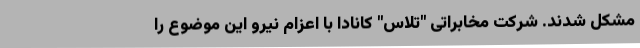
مشکل شدند. شرکت مخابراتی "تلاس" کانادا با اعزام نیرو این موضوع را